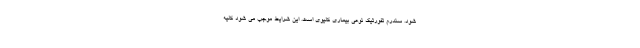
شود. سندرم تفورتیک نوعی بیماری کلیوی است. این شرایط موجب می شود کلیه